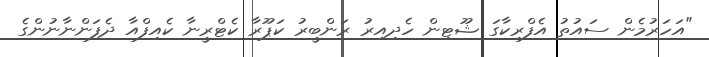
"އަހަރުމެން ސައުތު އެފްރިކާގަ ޝޫޓިން ހެދިއިރު ރަންބީރު ކަޕޫރާ ކެޓްރީނާ ކެއިފްއާ ދެފަންނާނުންގެ